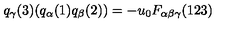
q _ { \gamma } ( 3 ) ( q _ { \alpha } ( 1 ) q _ { \beta } ( 2 ) ) = - u _ { 0 } F _ { \alpha \beta \gamma } ( 1 2 3 )